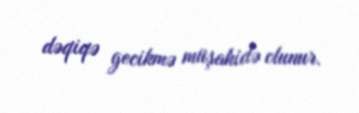
dəqiqə gecikmə müşahidə olunur.